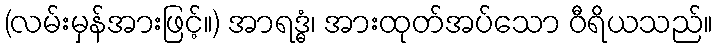
(လမ်းမှန်အားဖြင့်။) အာရဒ္ဓံ၊ အားထုတ်အပ်သော ဝီရိယသည်။